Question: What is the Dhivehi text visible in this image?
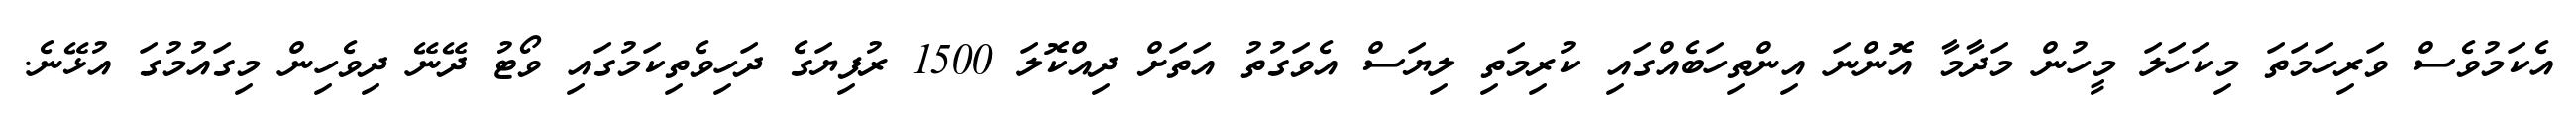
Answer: އެކަމުވެސް ވަރިހަމަތަ މިކަހަލަ މީހުން މަދާމާ އޮންނަ އިންތިހަބެއްގައި ކުރިމަތި ލިޔަސް އެވަގުތު އަތަށް ދިއްކޮލަ 1500 ރުފިޔަގެ ދަހިވެތިކަމުގައި ވޯޓު ދޭނޭ ދިވެހިން މިގައުމުގަ އުޅޭނެ.